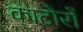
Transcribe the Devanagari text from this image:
काटोरों